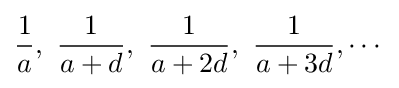
{\frac {1}{a}},\ {\frac {1}{a+d}},\ {\frac {1}{a+2d}},\ {\frac {1}{a+3d}},\cdots